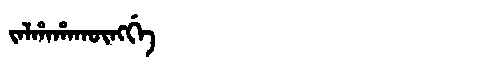
Manchu: ᠵᠠᠯᡥᠠᡥᠠᡴᡡᠩᡤᡝ
Romanization: JALHAHAKŪNGGE